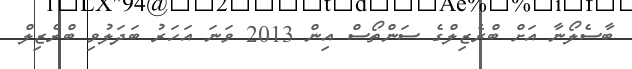
ބާސެލޯނާ އަށް ބްރެޒިލްގެ ސަންތޯސް އިން 2013 ވަނަ އަހަރު ބަދަލުވި ބްރެޒިލް